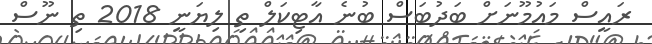
ރައީސް މައުމޫނަށް ބަދުބަސް ބުނެ އާޓިކަލް ތި ލިޔަނީ 2018 ތި ނޫސް